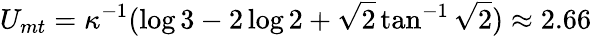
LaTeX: U_{mt}=\kappa^{-1}(\log 3-2\log 2+\sqrt{2}\tan^{-1}\sqrt 2)\approx 2.66